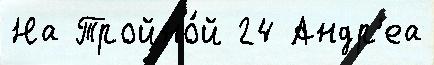
На Тройно́й 24 Андр'еа